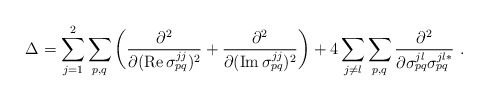
\begin{align*} \Delta = \sum_{j=1}^2 \sum_{p,q} \left(\frac{\partial^2} {\partial ({\rm Re}\,\sigma_{pq}^{jj})^2} + \frac{\partial^2} {\partial ({\rm Im}\,\sigma_{pq}^{jj})^2} \right) + 4 \sum_{j\neq l} \sum_{p,q} \frac{\partial^2} {\partial\sigma_{pq}^{jl}\sigma_{pq}^{jl*}} \ .\end{align*}